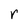
Character: r